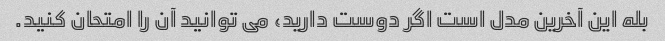
بله این آخرین مدل است اگر دوست دارید، می توانید آن را امتحان کنید.